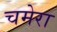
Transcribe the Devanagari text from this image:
चमेरा